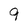
Character: 9